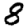
Digit: 8